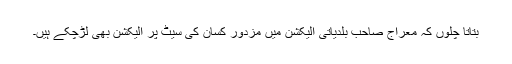
بتاتا چلوں کہ معراج صاحب بلدیاتی الیکشن میں مزدور کسان کی سیٹ پر الیکشن بھی لڑچکے ہیں۔